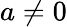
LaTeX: a\ne 0